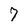
Character: 7